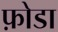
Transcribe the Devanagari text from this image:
फ़ोडा